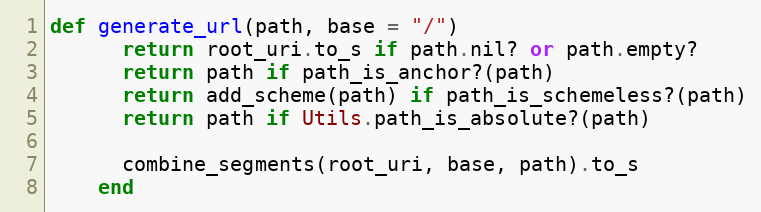
Language: Ruby
def generate_url(path, base = "/")
      return root_uri.to_s if path.nil? or path.empty?
      return path if path_is_anchor?(path)
      return add_scheme(path) if path_is_schemeless?(path)
      return path if Utils.path_is_absolute?(path)

      combine_segments(root_uri, base, path).to_s
    end